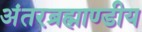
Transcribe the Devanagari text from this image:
अंतरब्रह्माण्डीय